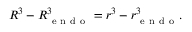
\begin{array} { r } { R ^ { 3 } - R _ { \mathrm { ~ e ~ n ~ d ~ o ~ } } ^ { 3 } = r ^ { 3 } - r _ { \mathrm { ~ e ~ n ~ d ~ o ~ } } ^ { 3 } . } \end{array}